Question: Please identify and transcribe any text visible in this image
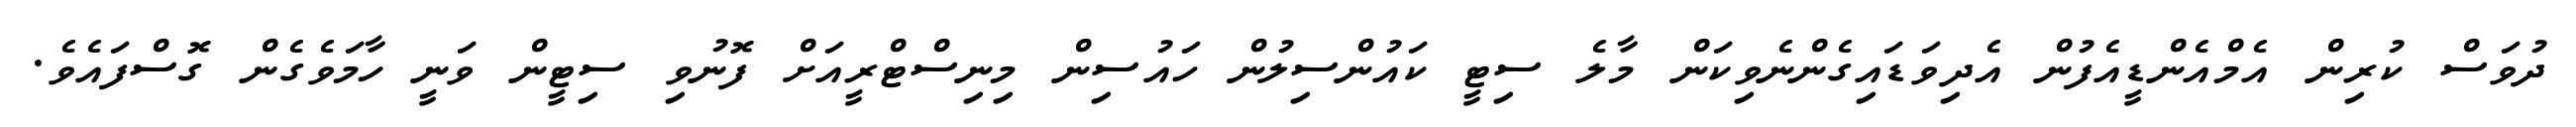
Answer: ދުވަސް ކުރިން އެމްއެންޑީއެފުން އެދިވަޑައިގެންނެވިކަން މާލެ ސިޓީ ކައުންސިލުން ހައުސިން މިނިސްޓްރީއަށް ފޮނުވި ސިޓީން ވަނީ ހާމަވެގެން ގޮސްފައެވެ.